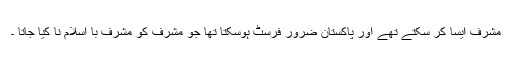
مشرف ایسا کر سکتے تھے اور پاکستان ضرور فرسٹ ہوسکتا تھا جو مشرف کو مشرف با اسلام نا کیا جاتا ۔